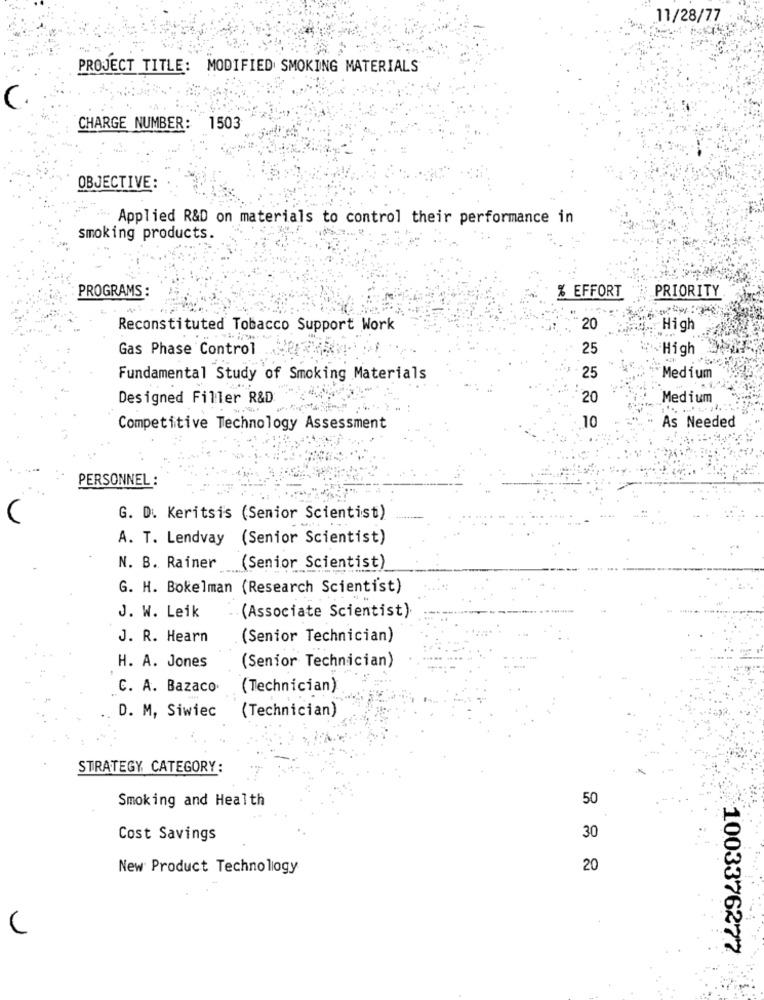
11/28/77
PROJECT TITLE: MODIFIED SMOKING MATERIALS
CHARGE NUMBER: 1503
OBJECTIVE
.. Applied R&D on materials to control their performance in
smoking products.
PROGRAMS :
% EFFORT
PRIORITY
Reconstituted Tobacco Support Work
20
High
Gas Phase Control
25
High
Fundamental Study of Smoking Materials
25
Medium
Designed Filler R&D
20
Medium
10
As Needed
Competitive Technology Assessment
PERSONNEL :
G. D. Keritsis (Senior Scientist)
A. T. Lendvay (Senior Scientist)
N. B. Rainer
(Senior Scientist)
G. H. Bokelman (Research Scientist)
J. W. Leik
(Associate Scientist)
J. R. Hearn
(Senior Technician)
H. A. Jones
(Senior Technician)
C. A. Bazaco
(Technician)
D. M, Siwiec
(Technician)
STRATEGY CATEGORY:
Smoking and Health
50
Cost Savings
30
New Product Technology
20
1003376277